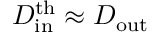
D _ { \mathrm { i n } } ^ { \mathrm { t h } } \approx D _ { \mathrm { o u t } }